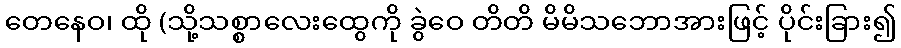
တေနေဝ၊ ထို (သို့သစ္စာလေးထွေကို ခွဲဝေ တိတိ မိမိသဘောအားဖြင့် ပိုင်းခြား၍